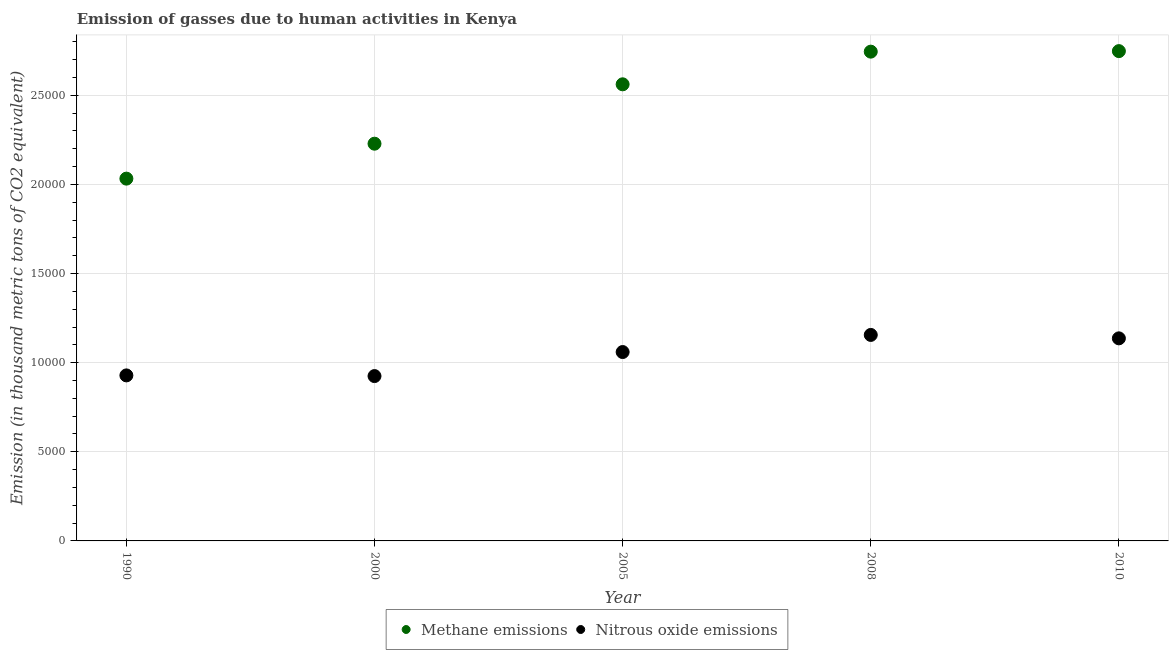
| Year | Methane emissions | Nitrous oxide emissions |
 | --- | --- | --- |
 | 1990 | 2.03e+04 | 9.29e+03 |
 | 2000 | 2.23e+04 | 9.25e+03 |
 | 2005 | 2.56e+04 | 1.06e+04 |
 | 2008 | 2.74e+04 | 1.16e+04 |
 | 2010 | 2.75e+04 | 1.14e+04 |